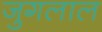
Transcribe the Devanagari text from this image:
जुगलाल